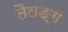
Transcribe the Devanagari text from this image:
तैलङ्ग